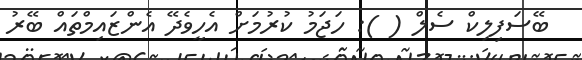
ބޭސަފިލިކް ސެލް ( ): ހަޖަމު ކުރުމަށް އެހީވެދޭ އެންޒައިމްތައް ބޭރު